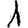
Digit: 1